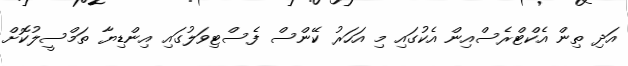
އަދި ތިން އެކްޓްރެސްއިން އެކުގައި މި އަހަރު ކޭންސް ފެސްޓިވަލުގައި އިންޑިޔާ ތަމްސީލުކޮށް